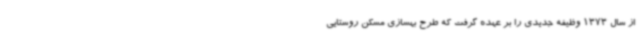
از سال 1373 وظیفه جدیدی را بر عهده گرفت که طرح بهسازی مسکن روستایی